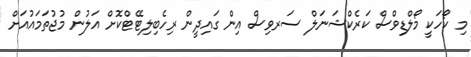
މި ކޯހަކީ މޯލްޑިވްސް ކަރެކްޝަނަލް ސަރވިސް އިން ގައިދީން ރިހެބިލިޓޭޓްކޮށް އަލުން މުޖުތަމައުއަށް